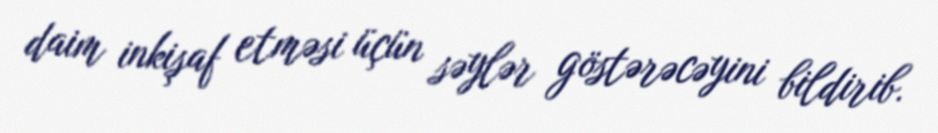
daim inkişaf etməsi üçün səylər göstərəcəyini bildirib.